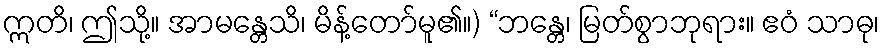
ဣတိ၊ ဤသို့။ အာမန္တေသိ၊ မိန့်တော်မူ၏။) “ဘန္တေ၊ မြတ်စွာဘုရား။ ဧဝံ သာဓု၊